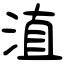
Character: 淔